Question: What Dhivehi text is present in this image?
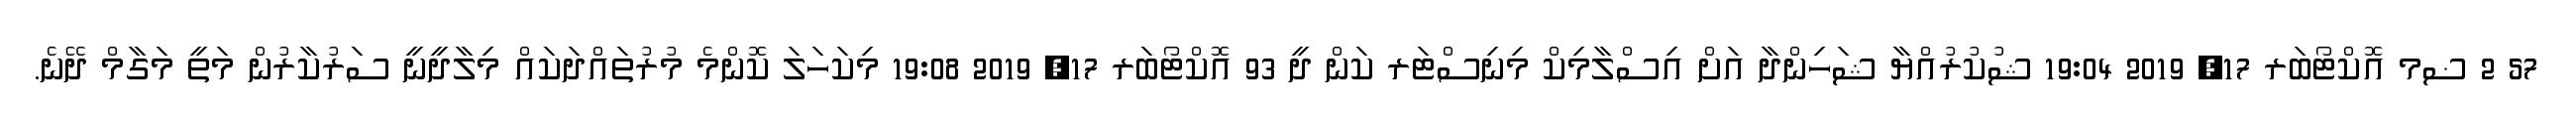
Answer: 57 2 ޟމ އޮކްޓޯބަރ 17, 2019 19:04 ޝުކުރުއްޔާ ޝަހިންދާ އަށް އިސްލާމިކް މިނިސްޓަރ ކަން ދީ 93 އޮކްޓޯބަރ 17, 2019 19:08 މިކަހަލަ ކޮންމެ މުރުތައްދަކައް މިލާދީނީ ސަރުކާރުން މަތީ މަގާމް ދޭނެ.